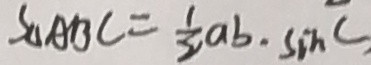
S _ { \Delta } A B C = \frac { 1 } { 2 } a b \cdot \sin C